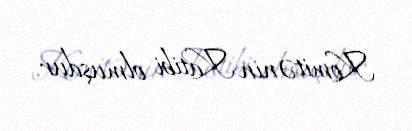
Komitənin Katibi olmuşdur.